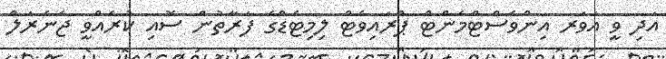
އަދި ވީ އަވަރ އިންވެސްޓްމެންޓް ޕްރައިވެޓް ލިމިޓެޑްގެ ފަރާތުން ސޮއި ކުރެއްވީ ޖެނެރަލް